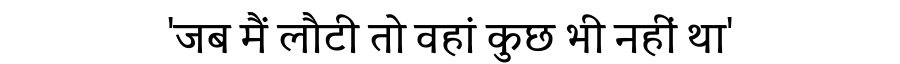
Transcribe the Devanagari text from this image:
'जब मैं लौटी तो वहां कुछ भी नहीं था'